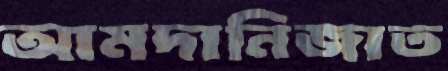
আমদানিজাত